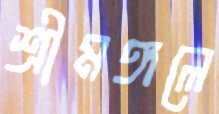
শ্রীমঙ্গলে